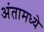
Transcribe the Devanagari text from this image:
अंतामध्ये